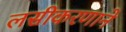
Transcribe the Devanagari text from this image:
लसीकरणाने